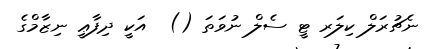
ނެޗުރަލް ކިލަރ ޓީ ސެލް ނުވަތަ ()  އަކީ ދިފާޢީ ނިޒާމްގެ